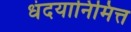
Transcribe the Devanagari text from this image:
धंदयानिमित्त्‍ा